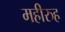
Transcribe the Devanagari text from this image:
महीरुह